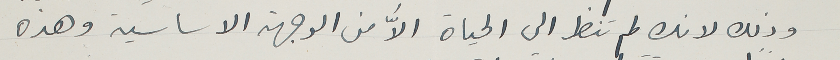
وذلك لانك لم تنظر الى الحياة الاّ من الوجهة الاساسية وهذه